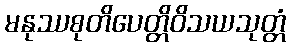
မနုဿစုတိပေတ္တိဝိသယသုတ္တံ